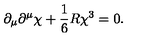
\partial _ { \mu } \partial ^ { \mu } \chi + \frac { 1 } { 6 } R \chi ^ { 3 } = 0 .